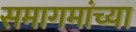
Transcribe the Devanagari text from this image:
समागमांच्या